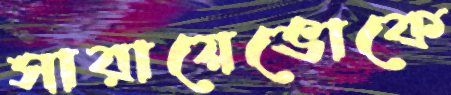
সারায়েভোকে